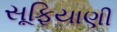
સૂફિયાણી